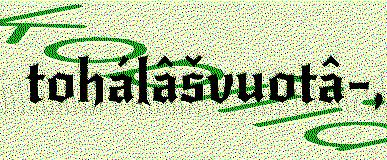
tohálâšvuotâ-,